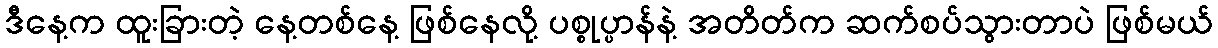
ဒီနေ့က ထူးခြားတဲ့ နေ့တစ်နေ့ ဖြစ်နေလို့ ပစ္စုပ္ပာန်နဲ့ အတိတ်က ဆက်စပ်သွားတာပဲ ဖြစ်မယ်